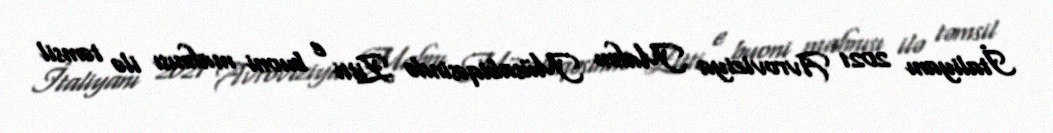
İtaliyanı 2021 Avroviziya Mahnı Müsabiqəsində Zitti e buoni mahnısı ilə təmsil